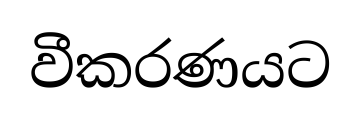
වීකරණයට